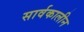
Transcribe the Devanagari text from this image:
सार्वकालीन